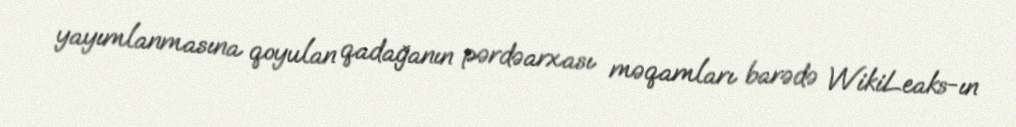
yayımlanmasına qoyulan qadağanın pərdəarxası məqamları barədə WikiLeaks-ın